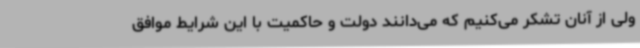
ولی از آنان تشکر می‌کنیم که می‌دانند دولت و حاکمیت با این شرایط موافق